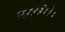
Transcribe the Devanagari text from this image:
पशुपक्ष्यांविषयीच्या